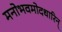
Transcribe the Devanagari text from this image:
मनोभवमोदधारिन्